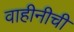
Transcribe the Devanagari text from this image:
वाहीनीची